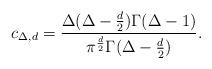
LaTeX: \begin{align*}c_{\Delta, d} ={ \Delta(\Delta-{d\over 2})\Gamma(\Delta-1) \over\pi^{d\over 2} \Gamma(\Delta-{d\over 2})}.\end{align*}